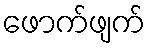
ဖောက်ဖျက်